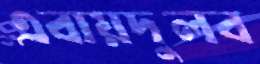
এবায়দুলব